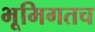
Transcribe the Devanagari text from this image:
भूमिगतच